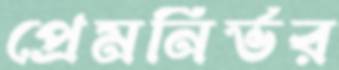
প্রেমনির্ভর